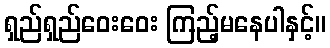
ရှည်ရှည်ဝေးဝေး ကြည့်မနေပါနှင့်။